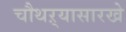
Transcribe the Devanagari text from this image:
चौथऱ्यासारखे